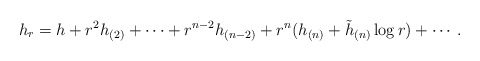
\begin{align*} h_r=h+r^2h_{(2)}+\cdots+r^{n-2}h_{(n-2)}+r^n(h_{(n)}+\tilde{h}_{(n)}\log r )+\cdots. \end{align*}